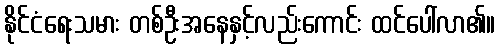
နိုင်ငံရေးသမား တစ်ဦးအနေနှင့်လည်းကောင်း ထင်ပေါ်လာ၏။